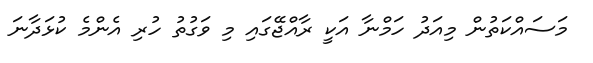
މަސައްކަތުން މިއަދު ހަމްނާ އަކީ ރާއްޖޭގައި މި ވަގުތު ހުރި އެންމެ ކުޅަދާނަ